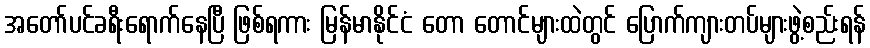
အတော်ပင်ခရီးရောက်နေပြီ ဖြစ်ရကား မြန်မာနိုင်ငံ တော တောင်များထဲတွင် ပြောက်ကျားတပ်များဖွဲ့စည်းရန်